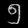
Digit: ၅